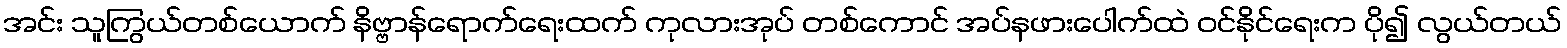
အင်း သူကြွယ်တစ်ယောက် နိဗ္ဗာန်ရောက်ရေးထက် ကုလားအုပ် တစ်ကောင် အပ်နဖားပေါက်ထဲ ဝင်နိုင်ရေးက ပို၍ လွယ်တယ်